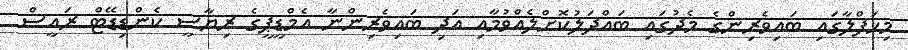
މިޙަފްލާގައި ބައިވެރިންގެ މެދުގައި ބައްދަލުކޮށްލެއްވުމާއި އަދި ބައިވެރިންނާ އެމްޑީޕީގެ ރިޔާސީ ކެންޑިޑޭޓް ރައީސް